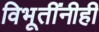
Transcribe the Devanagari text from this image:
विभूतींनीही